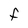
Character: F